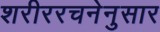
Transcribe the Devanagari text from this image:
शरीररचनेनुसार